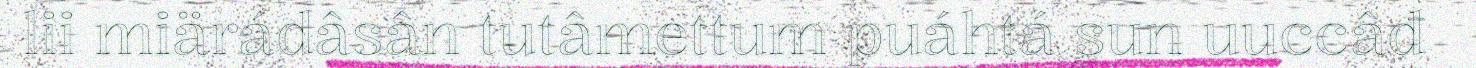
lii miärádâsân tutâmettum puáhtá sun uuccâđ